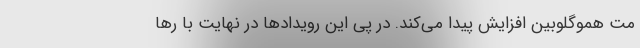
مت هموگلوبین افزایش پیدا می‌کند. در پی این رویدادها در نهایت با رها